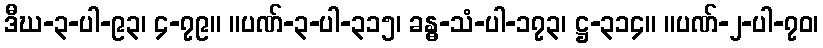
ဒီဃ-၃-ပါ-၉၃၊ ၄-၇၉။ ။ပဏ်-၃-ပါ-၃၁၅၊ ခန္ဓ-သံ-ပါ-၁၇၃၊ ဋ္ဌ-၃၁၄။ ။ပဏ်-၂-ပါ-၇၀၊